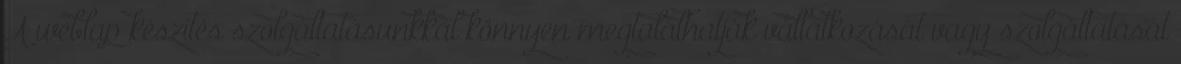
A weblap készítés szolgáltatásunkkal könnyen megtalálhatják vállalkozását vagy szolgáltatását